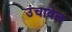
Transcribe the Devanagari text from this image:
उंचावेल